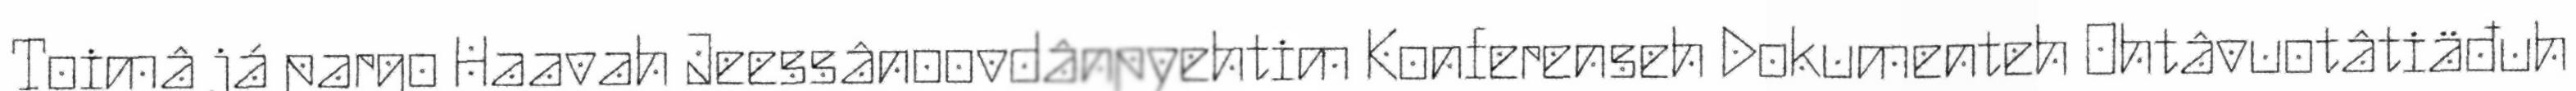
Toimâ já pargo Haavah Jeessânoovdânpyehtim Konferenseh Dokumenteh Ohtâvuotâtiäđuh